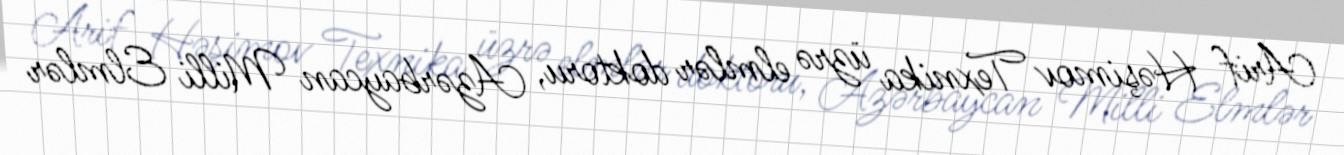
Arif Həşimov Texnika üzrə elmlər doktoru, Azərbaycan Milli Elmlər